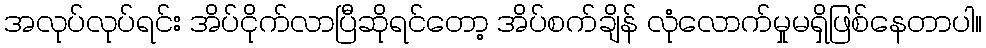
အလုပ်လုပ်ရင်း အိပ်ငိုက်လာပြီဆိုရင်တော့ အိပ်စက်ချိန် လုံလောက်မှုမရှိဖြစ်နေတာပါ။